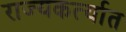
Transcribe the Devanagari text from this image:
राज्यकर्त्यात